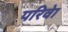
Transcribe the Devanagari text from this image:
परिवेा